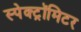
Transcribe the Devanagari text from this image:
स्पेक्ट्रॉमिटर